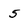
Character: 5